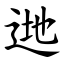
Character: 逇